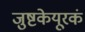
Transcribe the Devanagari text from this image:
जुष्टकेयूरकं